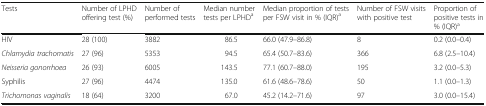
<table><thead><tr><td><b>Tests</b></td><td><b>Number of LPHD offering test (%)</b></td><td><b>Number of performed tests</b></td><td><b>Median number tests per LPHD<sup>a</sup></b></td><td><b>Median proportion of tests per FSW visit in % (IQR)<sup>a</sup></b></td><td><b>Number of FSW visits with positive test</b></td><td><b>Proportion of positive tests in % (IQR)<sup>a</sup></b></td></tr></thead><tbody><tr><td>HIV</td><td>28 (100)</td><td>3882</td><td>86.5</td><td>66.0 (47.9–86.8)</td><td>8</td><td>0.2 (0.0–0.4)</td></tr><tr><td><i>Chlamydia trachomatis</i></td><td>27 (96)</td><td>5353</td><td>94.5</td><td>65.4 (50.7–83.6)</td><td>366</td><td>6.8 (2.5–10.4)</td></tr><tr><td><i>Neisseria gonorrhoea</i></td><td>26 (93)</td><td>6005</td><td>143.5</td><td>77.1 (60.7–88.0)</td><td>195</td><td>3.2 (0.0–5.3)</td></tr><tr><td>Syphilis</td><td>27 (96)</td><td>4474</td><td>135.0</td><td>61.6 (48.6–78.6)</td><td>50</td><td>1.1 (0.0–1.3)</td></tr><tr><td><i>Trichomonas vaginalis</i></td><td>18 (64)</td><td>3200</td><td>67.0</td><td>45.2 (14.2–71.6)</td><td>97</td><td>3.0 (0.0–15.4)</td></tr></tbody></table>